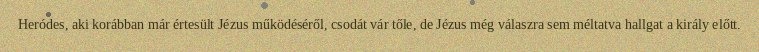
Heródes, aki korábban már értesült Jézus működéséről, csodát vár tőle, de Jézus még válaszra sem méltatva hallgat a király előtt.